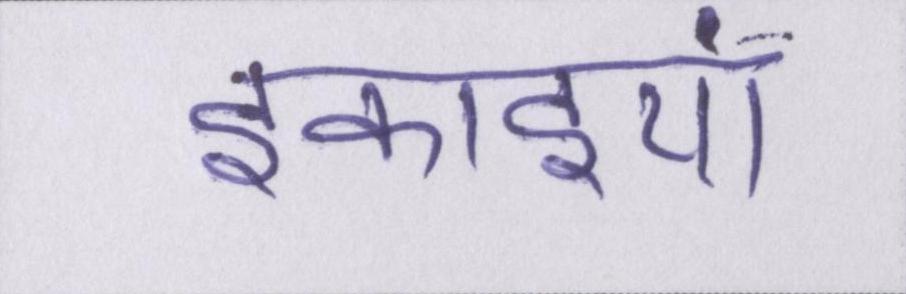
इकाइयां